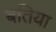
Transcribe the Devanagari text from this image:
बतिया